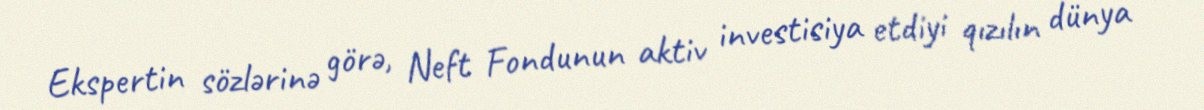
Ekspertin sözlərinə görə, Neft Fondunun aktiv investisiya etdiyi qızılın dünya